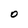
Character: O